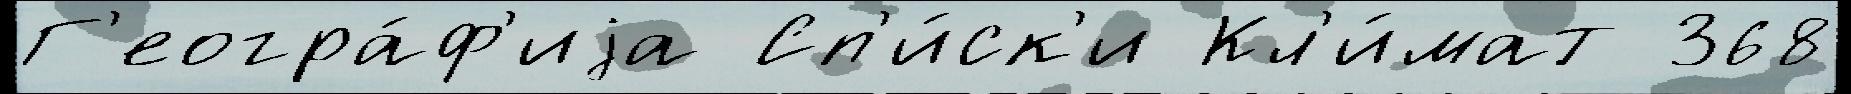
Г'еогра́ф'иjа Сп'и́ск'и Кл'и́мат 368